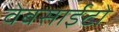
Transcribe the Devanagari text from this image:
वेबसाईटो